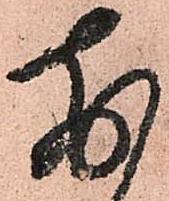
前